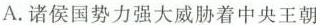
A.诸侯国势力强大威胁着中央王朝